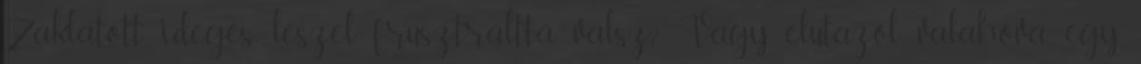
Zaklatott, ideges leszel, frusztrálttá válsz? Vagy elutazol valahová, egy